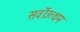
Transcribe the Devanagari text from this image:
सर्वोउत्थम